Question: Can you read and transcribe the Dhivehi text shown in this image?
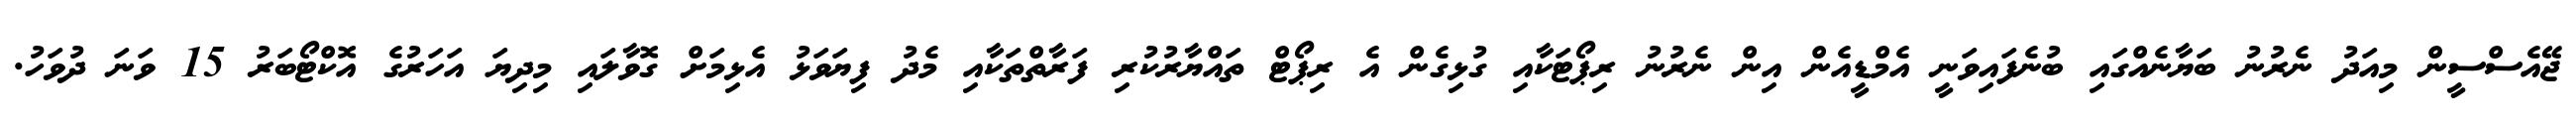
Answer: ޖޭއެސްސީން މިއަދު ނެރުނު ބަޔާނެއްގައި ބުނެފައިވަނީ އެމްޑީއެން އިން ނެރުނު ރިޕޯޓަކާއި ގުޅިގެން އެ ރިޕޯޓް ތައްޔާރުކުރި ފަރާތްތަކާއި މެދު ފިޔަވަޅު އެޅިމަށް ގޮވާލައި މިދިޔަ އަހަރުގެ އޮކްޓޯބަރު 15 ވަނަ ދުވަހު.